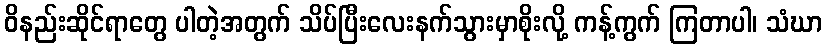
ဝိနည်းဆိုင်ရာတွေ ပါတဲ့အတွက် သိပ်ပြီးလေးနက်သွားမှာစိုးလို့ ကန့်ကွက် ကြတာပါ၊ သံဃာ